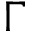
\Gamma